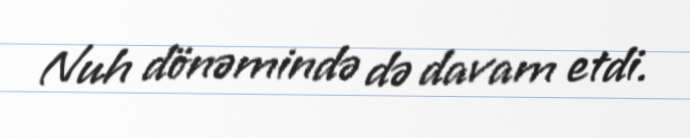
Nuh dönəmində də davam etdi.